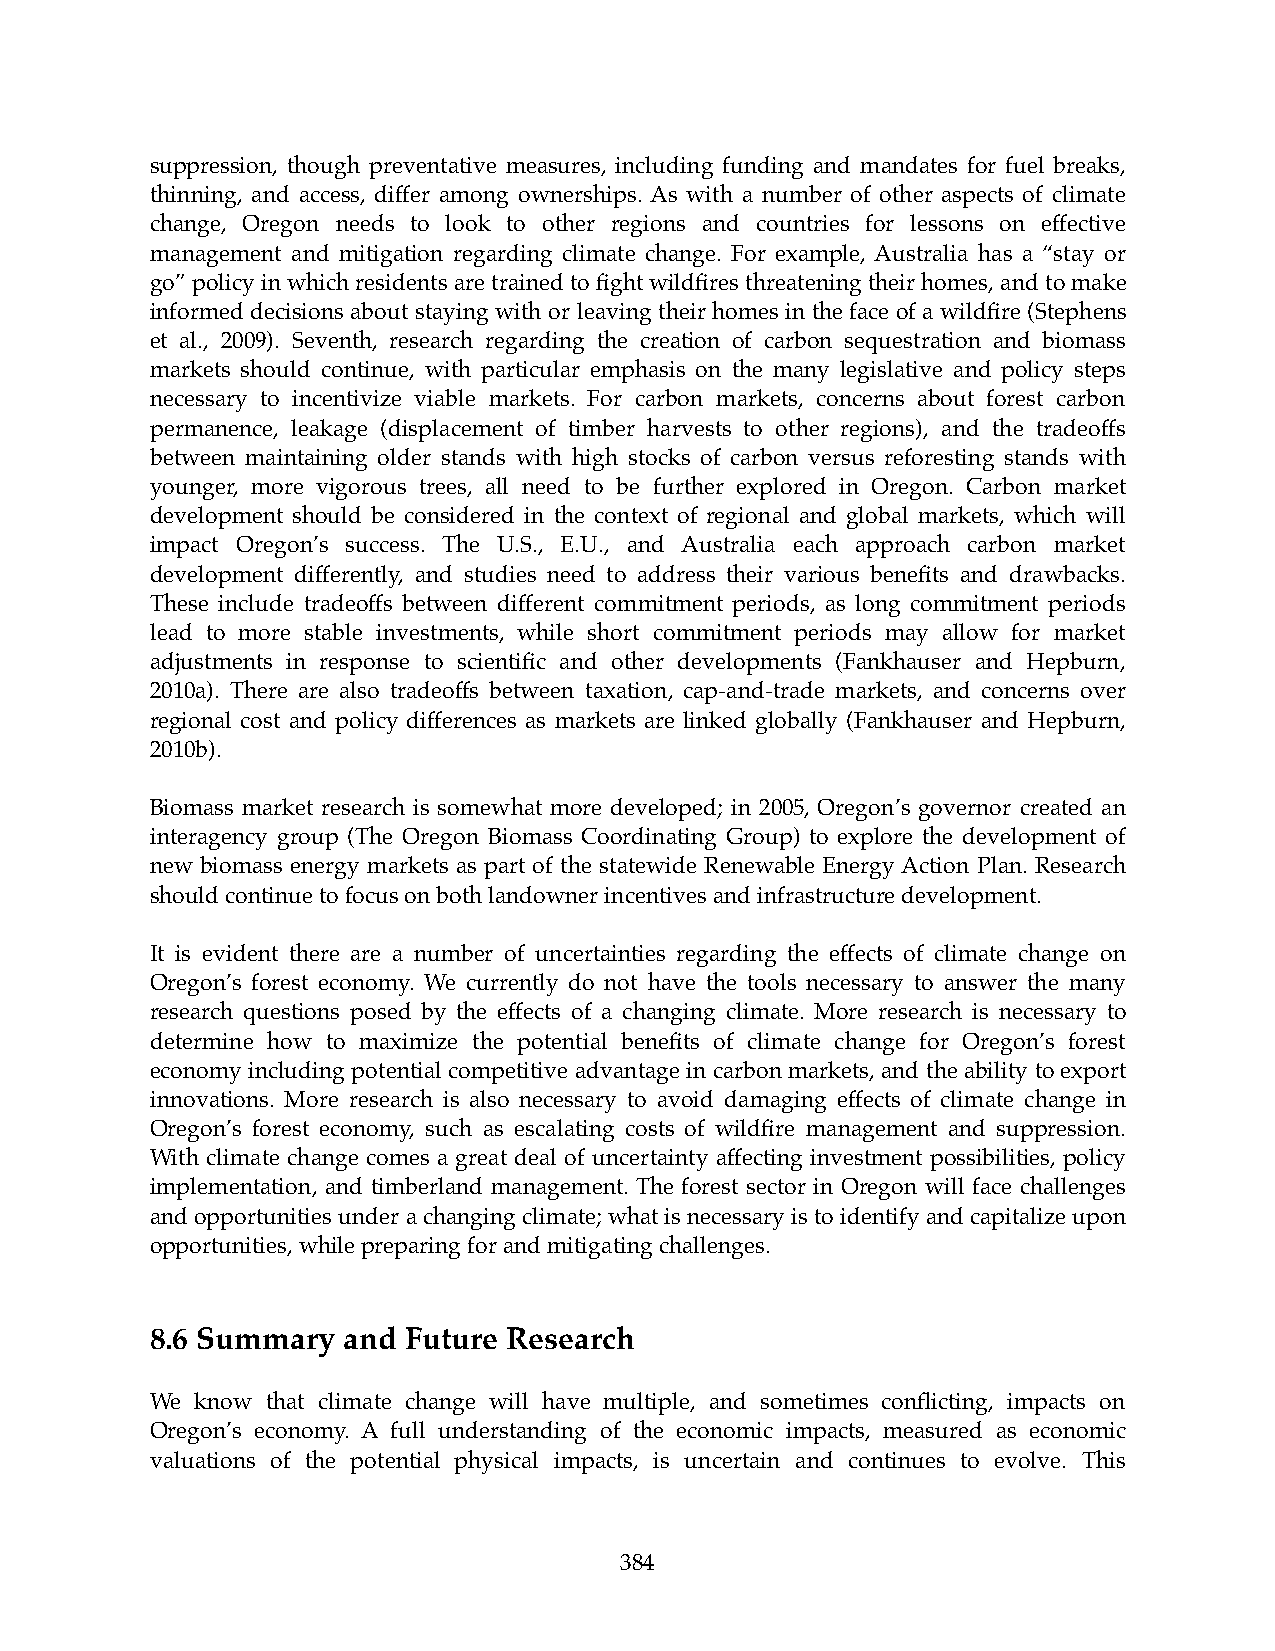
suppression, though preventative measures, including funding and mandates for fuel breaks,
 thinning, and access, differ among ownerships. As with a number of other aspects of climate
 change, Oregon needs to look to other regions and countries for lessons on effective
 management and mitigation regarding climate change. For example, Australia has a “stay or
 go” policy in which residents are trained to fight wildfires threatening their homes, and to make
 informed decisions about staying with or leaving their homes in the face of a wildfire (Stephens
 et al., 2009). Seventh, research regarding the creation of carbon sequestration and biomass
 markets should continue, with particular emphasis on the many legislative and policy steps
 necessary to incentivize viable markets. For carbon markets, concerns about forest carbon
 permanence, leakage (displacement of timber harvests to other regions), and the tradeoffs
 between maintaining older stands with high stocks of carbon versus reforesting stands with
 younger, more vigorous trees, all need to be further explored in Oregon. Carbon market
 development should be considered in the context of regional and global markets, which will
 impact Oregon’s success. The U.S., E.U., and Australia each approach carbon market
 development differently, and studies need to address their various benefits and drawbacks.
 These include tradeoffs between different commitment periods, as long commitment periods
 lead to more stable investments, while short commitment periods may allow for market
 adjustments in response to scientific and other developments (Fankhauser and Hepburn,
 2010a). There are also tradeoffs between taxation, cap-and-trade markets, and concerns over
 regional cost and policy differences as markets are linked globally (Fankhauser and Hepburn,
 2010b).
 Biomass market research is somewhat more developed; in 2005, Oregon’s governor created an
 interagency group (The Oregon Biomass Coordinating Group) to explore the development of
 new biomass energy markets as part of the statewide Renewable Energy Action Plan. Research
 should continue to focus on both landowner incentives and infrastructure development.
 It is evident there are a number of uncertainties regarding the effects of climate change on
 Oregon’s forest economy. We currently do not have the tools necessary to answer the many
 research questions posed by the effects of a changing climate. More research is necessary to
 determine how to maximize the potential benefits of climate change for Oregon’s forest
 economy including potential competitive advantage in carbon markets, and the ability to export
 innovations. More research is also necessary to avoid damaging effects of climate change in
 Oregon’s forest economy, such as escalating costs of wildfire management and suppression.
 With climate change comes a great deal of uncertainty affecting investment possibilities, policy
 implementation, and timberland management. The forest sector in Oregon will face challenges
 and opportunities under a changing climate; what is necessary is to identify and capitalize upon
 opportunities, while preparing for and mitigating challenges.
 8.6 Summary  and Future Research
 We know that climate change will have multiple, and sometimes conflicting, impacts on
 Oregon’s economy. A full understanding of the economic impacts, measured as economic
 valuations of the potential physical impacts, is uncertain and continues to evolve. This
 384